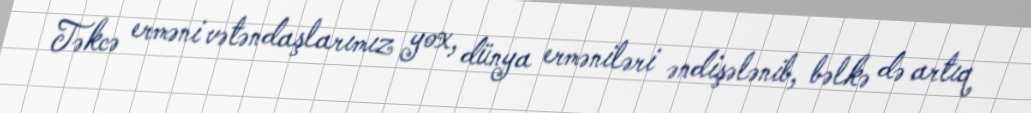
Təkcə erməni vətəndaşlarımız yox, dünya erməniləri əndişələnib, bəlkə də artıq